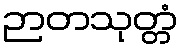
ဉာတသုတ္တံ